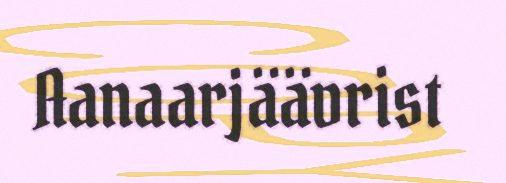
Aanaarjäävrist